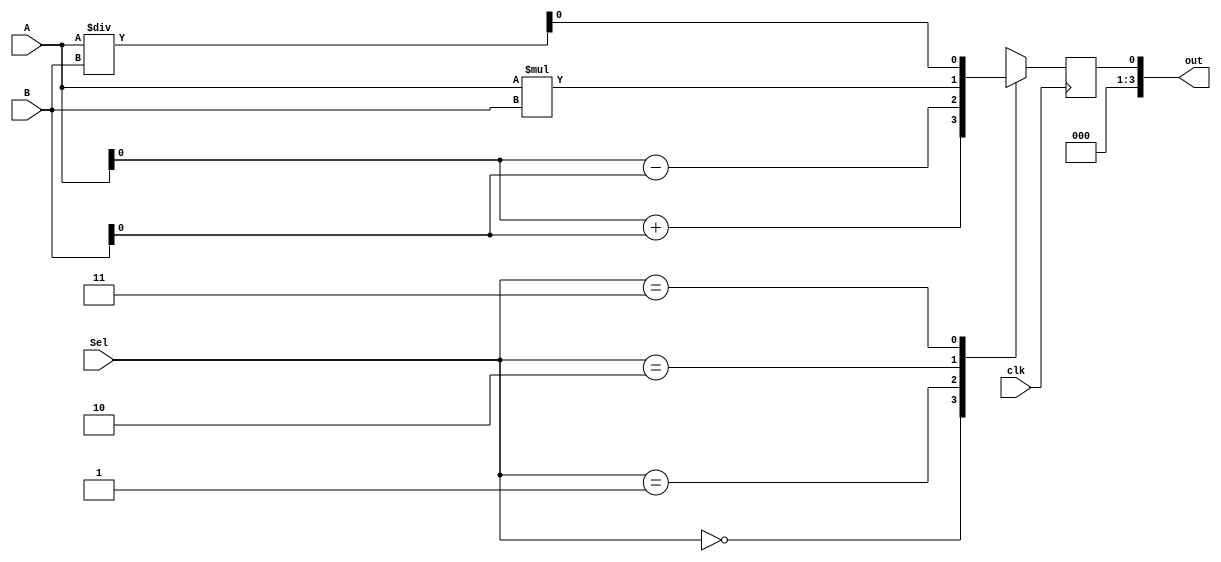
`timescale 1ns / 1ps


module ALU
(
output [3:0] out,
input [1:0] Sel,
input [3:0] A, B,
input clk
);

reg ou;

assign out = ou;

always @ (posedge clk)
  begin
    case(Sel)
      2'b00 : ou = A + B;
      2'b01 : ou = A - B;
      2'b10 : ou = A * B;
      2'b11 : ou = A / B;
    endcase
  end
endmodule